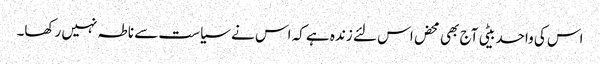
اس کی واحد بیٹی آج بھی محض اس لئے زندہ ہے کہ اس نے سیاست سے ناطہ نہیں رکھا۔